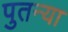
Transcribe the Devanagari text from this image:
पुतन्या